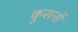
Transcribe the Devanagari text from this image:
कुरानों